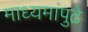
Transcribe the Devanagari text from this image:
माध्यमांपुढे